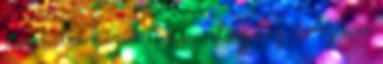
van hátra húzva és nem előre néz. Az evés